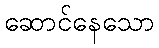
ဆောင်နေသော